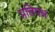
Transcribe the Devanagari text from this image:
प्रतिपन्न